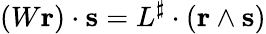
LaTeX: (W\mathbf{r})\cdot\mathbf{s}=L^{\sharp}\cdot(\mathbf{r}\wedge\mathbf{s})